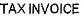
TAX INVOICE